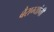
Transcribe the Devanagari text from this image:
बैराग्यांनी